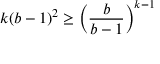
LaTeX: k ( b - 1 ) ^ { 2 } \geq { \left( { \frac { b } { b - 1 } } \right) } ^ { k - 1 }